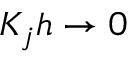
K _ { j } h \rightarrow 0